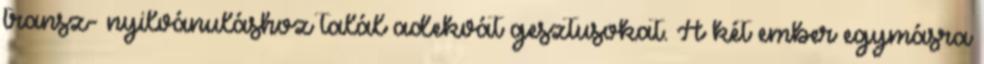
transz- nyilvánuláshoz talál adekvát gesztusokat. A két ember egymásra